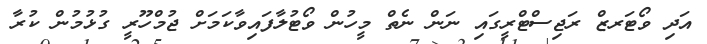
އަދި ވޯޓަރޒް ރަޖިސްޓްރީގައި ނަން ނެތް މީހުން ވޯޓުލާފައިވާކަމަށް ޖުމްހޫރީ ގުޅުމުން ކުރާ